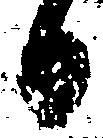
候